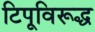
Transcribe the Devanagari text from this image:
टिपूविरूद्ध